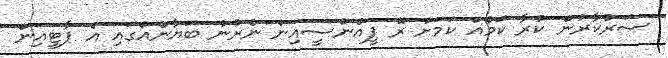
ސަރުކާރުން ކުރާ ކަމެއް ކަމަށް ރޭ ޕީއެންސީއިން ނެރުނު ބަޔާނެއްގައި އެ ޕާޓީއިން